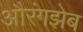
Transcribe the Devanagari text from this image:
औरंगझेब